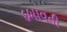
દબાવતી